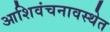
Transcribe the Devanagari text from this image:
आशिवंचनावस्थेत